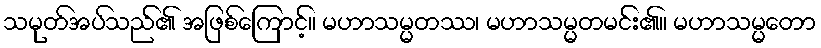
သမုတ်အပ်သည်၏ အဖြစ်ကြောင့်။ မဟာသမ္မတဿ၊ မဟာသမ္မတမင်း၏။ မဟာသမ္မတော